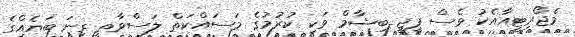
މެޖޯރިޓީއާއެކު ވެސް ޕީޖީ ބިޝާމް ވަކި ކުރުމުގެ މަސައްކަތް ލަސްވާތީ ގިނަ ބަޔެއްގެ